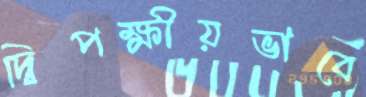
দ্বিপক্ষীয়ভাবে